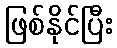
ဖြစ်နိုင်ပြီး